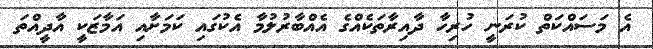
އެ މަސައްކަތް ކުރަނީ ހުރިހާ ދާއިރާތަކެއްގެ އެއްބާރުލުމާ އެކުގައި ކަމަށާއި އަމާޒަކީ އާދީއްތަ